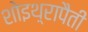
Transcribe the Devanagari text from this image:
शोइथ़्रापैती